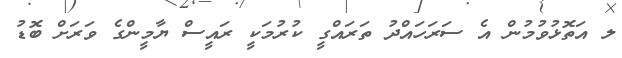
ލ އަތޮޅުވުމުން އެ ސަރަހައްދު ތަރައްގީ ކުރުމަކީ ރައީސް ޔާމީންގެ ވަރަށް ބޮޑު